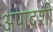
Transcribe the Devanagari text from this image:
अपादर्शी